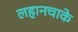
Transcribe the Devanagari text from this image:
लहानचाके